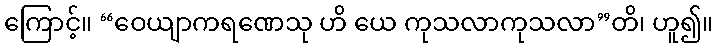
ကြောင့်။ “ဝေယျာကရဏေသု ဟိ ယေ ကုသလာကုသလာ”တိ၊ ဟူ၍။